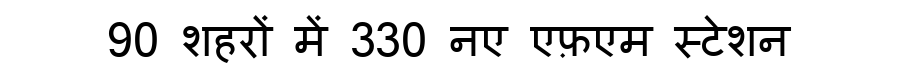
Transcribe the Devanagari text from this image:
90 शहरों में 330 नए एफ़एम स्टेशन